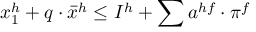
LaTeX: x _ { 1 } ^ { h } + q \cdot { \bar { x } } ^ { h } \leq I ^ { h } + \sum a ^ { h f } \cdot \pi ^ { f }